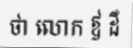
ថា លោក ឳ ដឺ